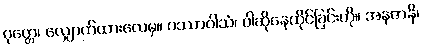
ဝုတ္တေ၊ လျှောက်ထားလေမှ။ ဝဿာဝါသံ၊ ဝါဆိုနေထိုင်ခြင်းကို။ အနုဇာနိ၊